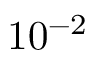
1 0 ^ { - 2 }